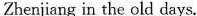
Zhenjiang in the old days.